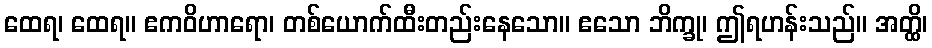
ထေရ၊ ထေရ။ ဧကဝိဟာရော၊ တစ်ယောက်ထီးတည်းနေသော။ ဧသော ဘိက္ခု၊ ဤရဟန်းသည်။ အတ္ထိ၊